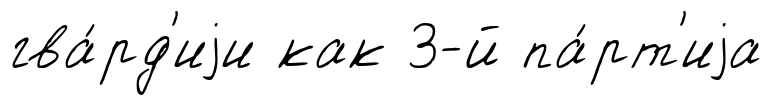
гва́рд'иjи как 3-й па́рт'иjа